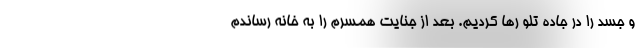
و جسد را در جاده تلو رها کردیم. بعد از جنایت همسرم را به خانه رساندم